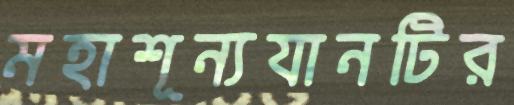
মহাশূন্যযানটির